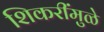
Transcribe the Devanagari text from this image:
शिकरींमुळे